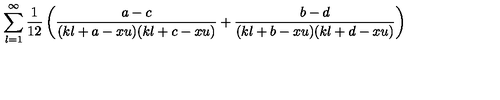
\sum _ { l = 1 } ^ { \infty } \frac { 1 } { 1 2 } \left( \frac { a - c } { ( k l + a - x u ) ( k l + c - x u ) } + \frac { b - d } { ( k l + b - x u ) ( k l + d - x u ) } \right)